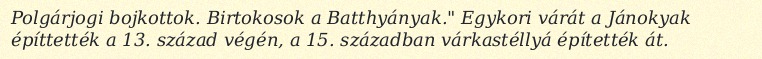
Polgárjogi bojkottok. Birtokosok a Batthyányak." Egykori várát a Jánokyak építtették a 13. század végén, a 15. században várkastéllyá építették át.